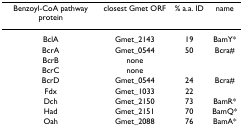
<table><thead><tr><td><b>Benzoyl-CoA pathway protein</b></td><td><b>closest Gmet ORF</b></td><td><b>% a.a. ID</b></td><td><b>name</b></td></tr></thead><tbody><tr><td>BclA</td><td>Gmet_2143</td><td>19</td><td>BamY*</td></tr><tr><td>BcrA</td><td>Gmet_0544</td><td>50</td><td>Bcra#</td></tr><tr><td>BcrB</td><td>none</td><td></td><td></td></tr><tr><td>BcrC</td><td>none</td><td></td><td></td></tr><tr><td>BcrD</td><td>Gmet_0544</td><td>24</td><td>Bcra#</td></tr><tr><td>Fdx</td><td>Gmet_1033</td><td>22</td><td></td></tr><tr><td>Dch</td><td>Gmet_2150</td><td>73</td><td>BamR*</td></tr><tr><td>Had</td><td>Gmet_2151</td><td>70</td><td>BamQ*</td></tr><tr><td>Oah</td><td>Gmet_2088</td><td>76</td><td>BamA*</td></tr></tbody></table>